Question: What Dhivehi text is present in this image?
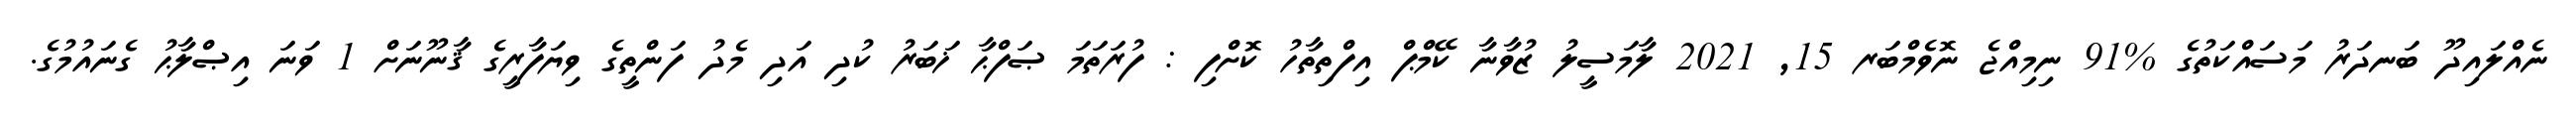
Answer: ނެއްލައިދޫ ބަނދަރު މަސައްކަތުގެ %91 ނިމިއްޖެ ނޮވެމްބަރ 15, 2021 ލާމަސީލު ޒުވާނާ ކޭމްޕް އިފްތިތާހު ކޮށްފި : ފުރަތަމަ ޞަފްޙާ ޚަބަރު ކުދި އަދި މެދު ފަންތީގެ ވިޔަފާރީގެ ޤާނޫނަށް 1 ވަނަ އިޞްލާޙު ގެނައުމުގެ.